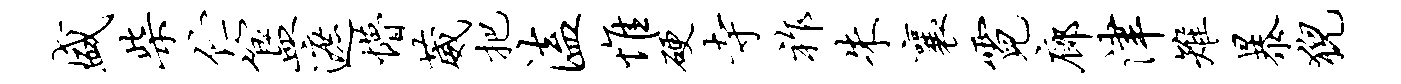
盛柴伫簋遮懵葳把溘惟硬寺祚朱襄霓廊津雉暴猊